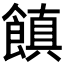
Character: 𩝻